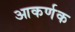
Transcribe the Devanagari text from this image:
आकर्णक